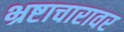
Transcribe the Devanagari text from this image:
भ्रष्टाचारावर